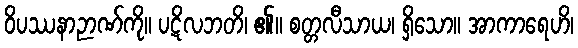
ဝိပဿနာဉာဏ်ကို။ ပဋိလဘတိ၊ ၏။ စတ္တလီသာယ၊ ရှိသော။ အာကာရေဟိ၊